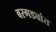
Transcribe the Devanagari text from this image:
बरगड्यांत